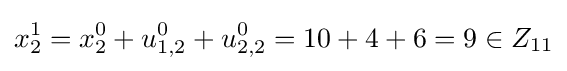
x_{2}^{1}=x_{2}^{0}+u_{1,2}^{0}+u_{2,2}^{0}=10+4+6=9\in Z_{11}